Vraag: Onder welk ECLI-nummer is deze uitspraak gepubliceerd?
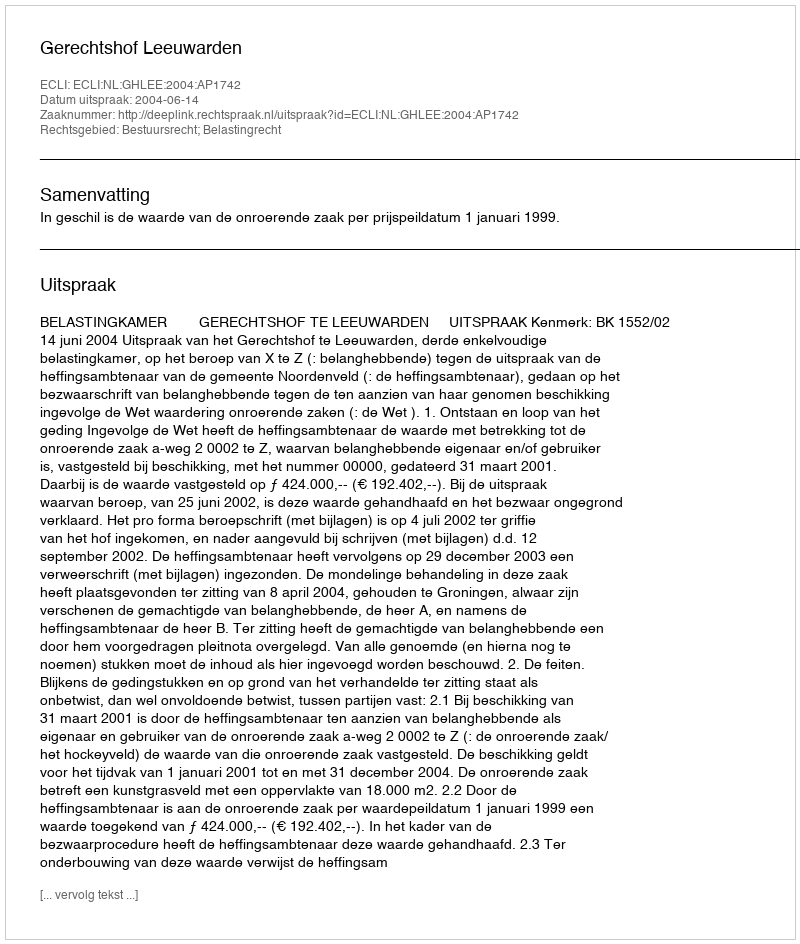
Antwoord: ECLI:NL:GHLEE:2004:AP1742